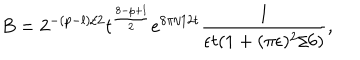
B = 2 ^ { - ( p - l ) / 2 } t ^ { \frac { 8 - p + l } { 2 } } e ^ { 8 \pi / 1 2 t } \frac { 1 } { \epsilon t ( 1 + ( \pi \epsilon ) ^ { 2 } / 6 ) } ,